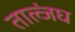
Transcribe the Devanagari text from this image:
ताल्जंघ